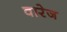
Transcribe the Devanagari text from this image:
वारेज